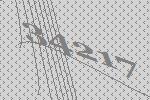
34217